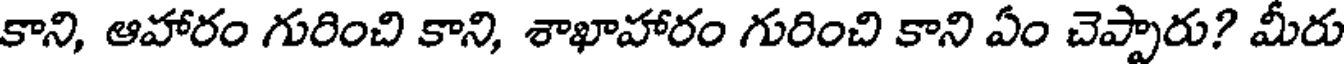
కాని, ఆహారం గురించి కాని, శాఖాహారం గురించి కాని ఏం చెప్పారు? మీరు